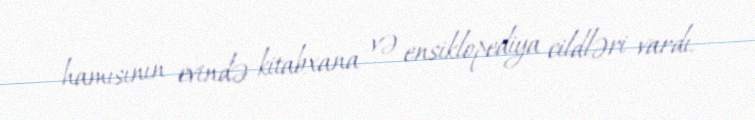
hamısının evində kitabxana və ensiklopediya cildləri vardı.